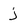
Character: j